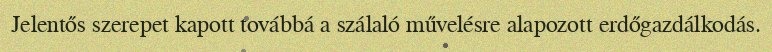
Jelentős szerepet kapott továbbá a szálaló művelésre alapozott erdőgazdálkodás.